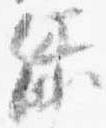
緑